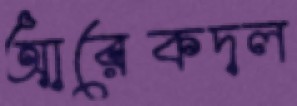
আরেকদল